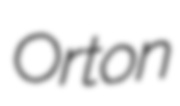
Orton